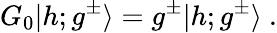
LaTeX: G_{0}\vert h;g^{\pm}\rangle=g^{\pm}\vert h;g^{\pm}\rangle{}~.